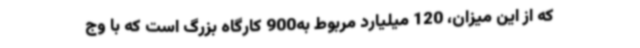
که از این میزان، 120 میلیارد مربوط به900 کارگاه بزرگ است که با وج